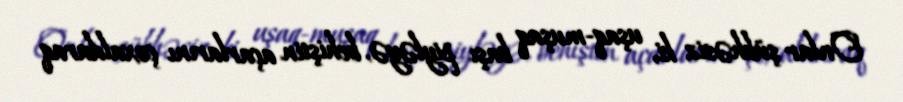
Onlar şübhəsiz ki, uşaq-muşaq başı piyləyə, behiştin açarlarını çoxaldaraq